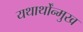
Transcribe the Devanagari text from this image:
यथार्थोंन्मुख